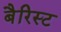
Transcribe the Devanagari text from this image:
बैरिस्ट